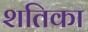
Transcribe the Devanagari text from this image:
शतिका